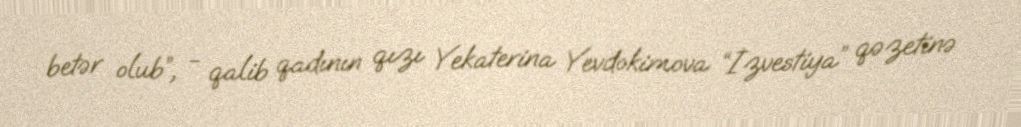
betər olub”, - qalib qadının qızı Yekaterina Yevdokimova “İzvestiya” qəzetinə